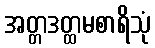
အတ္တဒတ္ထမစာရိသုံ